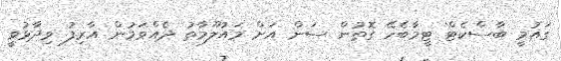
ގައުމީ ބާސްކެޓް ޓީމާބެހޭ ގޮތުން ސަން އަށް މައުލޫމާތު ދެއްވަމުން އާރިފު ވިދާޅުވީ